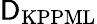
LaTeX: \textrm{\textsf{D}}_{\textrm{KPPML}}